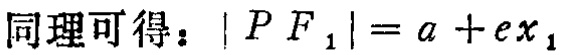
同理可得：\(\vert PF_{1}\vert = a + ex_{1}\)